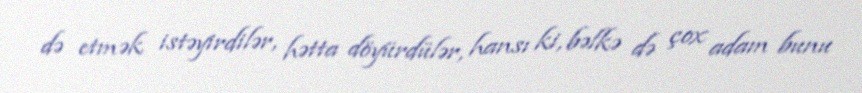
də etmək istəyirdilər, hətta döyürdülər, hansı ki, bəlkə də çox adam bunu